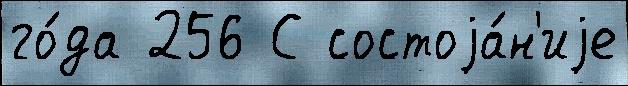
го́да 256 С состоjа́н'иjе